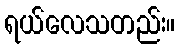
ရယ်လေသတည်း။